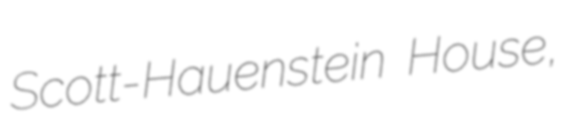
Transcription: Scott-Hauenstein House,